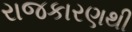
રાજકારણથી